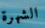
الشهرة